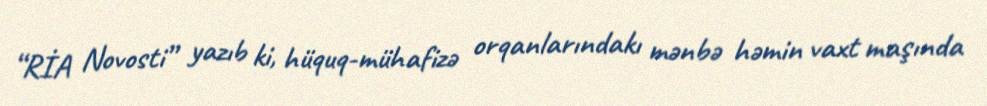
“RİA Novosti” yazıb ki, hüquq-mühafizə orqanlarındakı mənbə həmin vaxt maşında